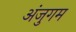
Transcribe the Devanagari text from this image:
अंजुगम